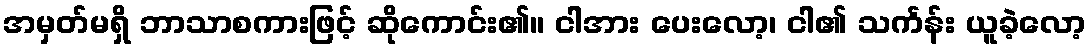
အမှတ်မရှိ ဘာသာစကားဖြင့် ဆိုကောင်း၏။ ငါအား ပေးလော့၊ ငါ၏ သင်္ကန်း ယူခဲ့လော့